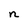
Character: n